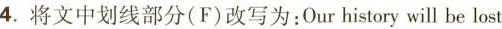
4.将文中划线部分(F)改写为:Our history will be lost